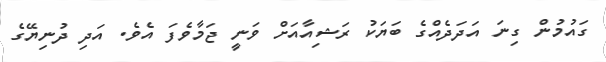
ގައުމުން ގިނަ އަދަދެއްގެ ބަޔަކު ރަޝިއާއަށް ވަނީ ޖަމާވެފަ އެވެ. އަދި ދުނިޔޭގެ